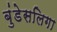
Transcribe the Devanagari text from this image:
बुंडेसलिगा